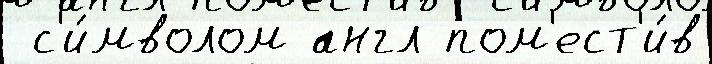
 с'и́мволом англ пом'ест'и́в